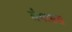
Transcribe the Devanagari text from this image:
लैमासस